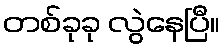
တစ်ခုခု လွဲနေပြီ။